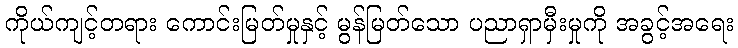
ကိုယ်ကျင့်တရား ကောင်းမြတ်မှုနှင့် မွန်မြတ်သော ပညာရှာမှီးမှုကို အခွင့်အရေး